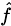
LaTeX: \scriptstyle{\hat{f}}